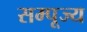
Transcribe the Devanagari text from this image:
सम्पूज्य